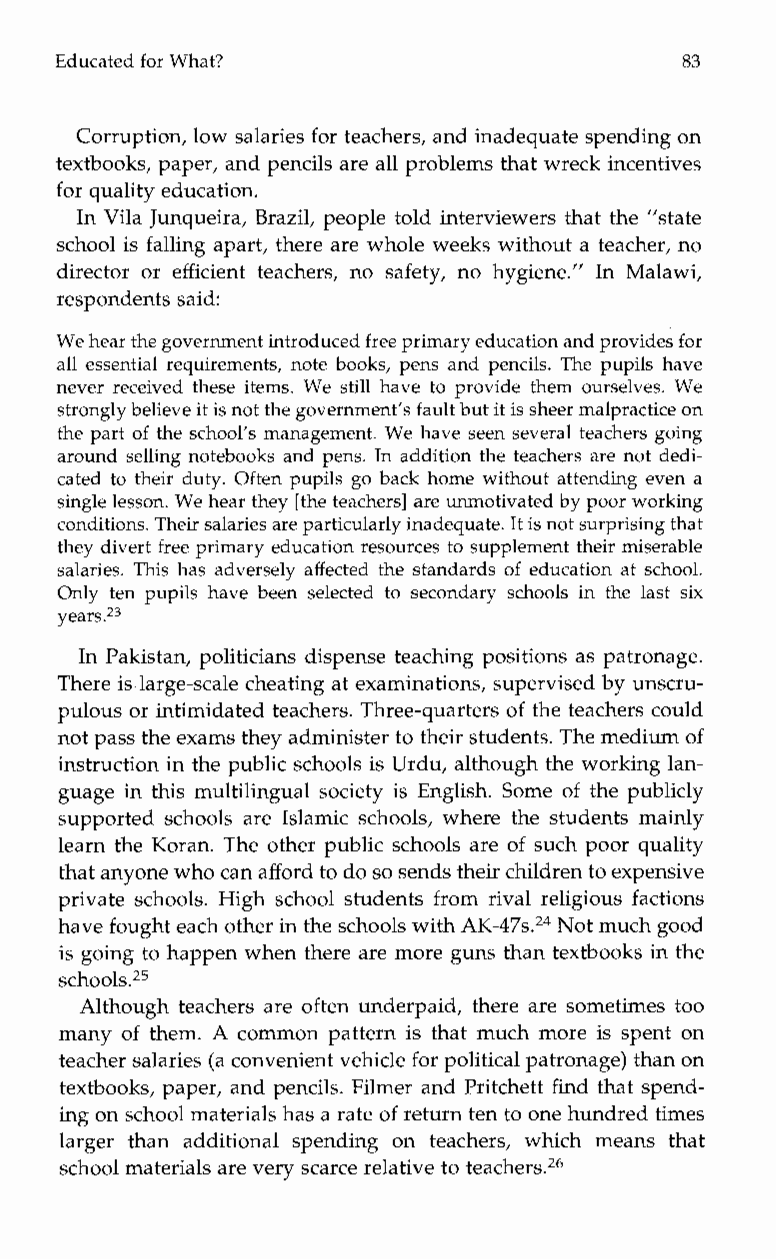
Educated for What?                       83
 Corruption, low salaries for teachers, and inadequate spending on
 textbooks, paper, and pencils are all problems that wreck incentives
 for quality education.
 In Vila Junqueira, Brazil, people told interviewers that the ”state
 school is falling apart, there are whole weeks without a teacher, no
 director or efficient teachers, no safety, no hygiene.” In Malawi,
 respondents said:
 We hear the government introducedf ree primary education and provides for
 all essential requirements, note books, pens and pencils. The pupils have
 never received these items. We still have to provide them ourselves. We
 strongly believe it is not the government’s faulbt ut it is sheer malpractice on
 the part of the school’s management. We have seen several teachers going
 around selling notebooks and pens. In addition the teachers are not dedi-
 cated to their duty. Often pupils go back home without attending even a
 single lesson. We hear they [the teachers] are unmotivated by poor working
 conditions. Their salaries are particularly inadequate.I t is not surprising that
 they divert free primary education resources to supplement their miserable
 salaries. This has adversely affected the standards of education at school.
 Only ten pupils have been selected tos econdary schools in the last six
 years.23
 In Pakistan, politicians dispense teaching positions as patronage.
 There is large-scale cheating at examinations, supervised by unscru-
 pulous or intimidated teachers. Three-quarters of the teachers could
 not pass thee xams they administer to their students. The medium of
 instruction in the public schools is Urdu, although the working lan-
 guage in this multilingual society is English. Some of the publicly
 supported schools are Islamic schools, where the students mainly
 learn the Koran. The other public schools are of such poor quality
 that anyone who can afford to do so sends their children to expensive
 private schools. High school students from rival religious factions
 have fought each other in thsec hools with A K - ~ ~Nsot. m~u~ch good
 is going to happen when there are more guns than textbooks in the
 schools.25
 Although teachers are often underpaid, there are sometimes too
 many of them. A common pattern is that much more is spent on
 teacher salaries (a convenient vehicle for political patronage) than on
 textbooks, paper, and pencils. Filmer and Pritchett find that spend-
 ing on school materials has a rate of return ten to one hundredti mes
 largert hana dditionals pendingo n teachers, whichm eanst hat
 school materials are very scarce relative to teachersz6